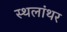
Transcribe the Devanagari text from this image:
स्थलांथर